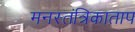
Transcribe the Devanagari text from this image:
मनस्तंत्रिकाताप